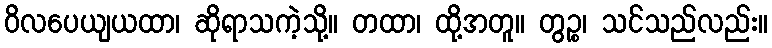
ဝိလပေယျယထာ၊ ဆိုရာသကဲ့သို့။ တထာ၊ ထို့အတူ။ တွဉ္စ၊ သင်သည်လည်း။